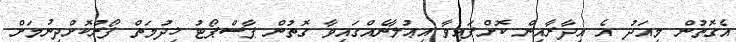
އެގޮތުން މިއަދު އެ އިދާރާއިން ކޮށްފައިވާ އިޢުލާނެއްގައިވާ ގޮތުން ޕާސްޕޯޓު ޚިދުމަތް ފޯރުކޮށްދިނުމަށް